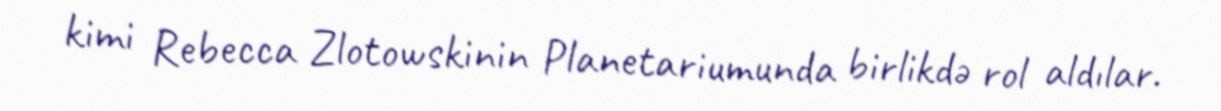
kimi Rebecca Zlotowskinin Planetariumunda birlikdə rol aldılar.